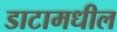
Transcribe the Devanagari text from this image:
डाटामधील